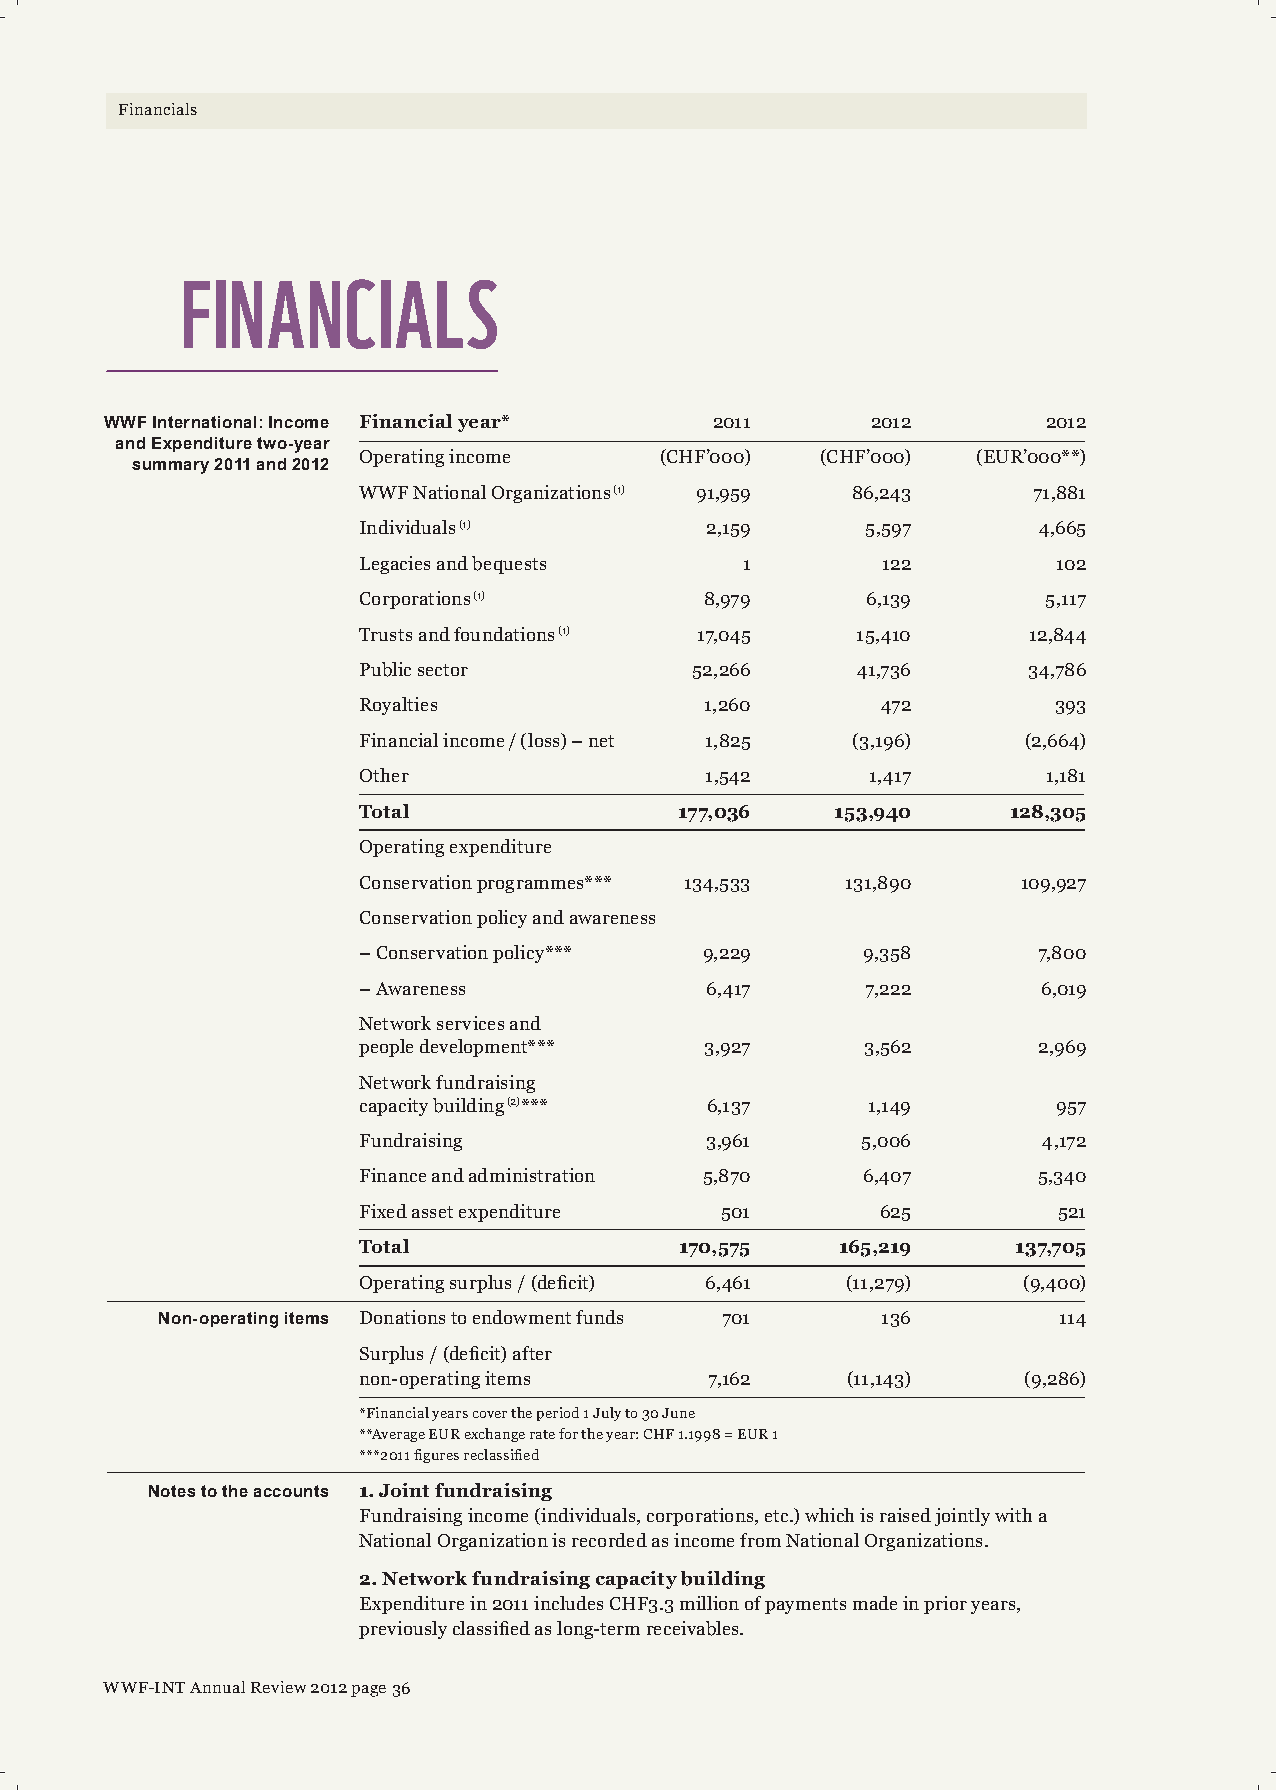
Financials
 FINANCIALS
 WWFInternational:Income Financialyear*  2011       2012       2012
 andExpendituretwo-year
 Operatingincome     (CHF’000) (CHF’000)  (EUR’000**)
 summary2011and2012
 WWFNationalOrganizations(1) 91,959 86,243   71,881
 Individuals(1)         2,159     5,597       4,665
 Legaciesandbequests      1        122         102
 Corporations(1)        8,979     6,139       5,117
 Trustsandfoundations(1) 17,045   15,410     12,844
 Publicsector          52,266     41,736     34,786
 Royalties              1,260      472         393
 Financialincome/(loss)–net 1,825 (3,196)    (2,664)
 Other                  1,542      1,417      1,181
 Total                177,036   153,940     128,305
 Operatingexpenditure
 Conservationprogrammes*** 134,533 131,890   109,927
 Conservationpolicyandawareness
 –Conservationpolicy*** 9,229     9,358       7,800
 –Awareness             6,417     7,222       6,019
 Networkservicesand
 peopledevelopment***   3,927     3,562       2,969
 Networkfundraising
 capacitybuilding(2)*** 6,137     1,149        957
 Fundraising            3,961     5,006       4,172
 Financeandadministration 5,870   6,407       5,340
 Fixedassetexpenditure   501       625         521
 Total                170,575    165,219    137,705
 Operatingsurplus/(deficit) 6,461 (11,279)   (9,400)
 Non-operatingitems Donationstoendowmentfunds 701 136        114
 Surplus/(deficit)after
 non-operatingitems     7,162    (11,143)    (9,286)
 *Financialyearscovertheperiod1Julyto30June
 **AverageEURexchangeratefortheyear:CHF1.1998=EUR1
 ***2011figuresreclassified
 Notestotheaccounts 1.Jointfundraising
 Fundraisingincome(individuals,corporations,etc.)whichisraisedjointlywitha
 NationalOrganizationisrecordedasincomefromNationalOrganizations.
 2.Networkfundraisingcapacitybuilding
 Expenditurein2011includesCHF3.3millionofpaymentsmadeinprioryears,
 previouslyclassifiedaslong-termreceivables.
 WWF-INTAnnualReview2012page36